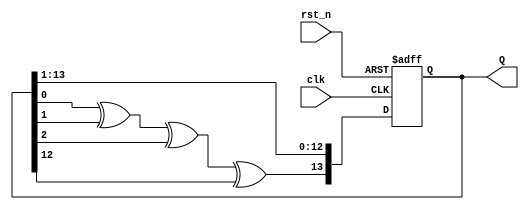
module LFSR #(
   parameter N=14
) (
    input clk,
    input rst_n,
    output [1:N] Q
);
    reg [1:N]  Q_reg,Q_next ;
    wire taps;

    always @(posedge clk or negedge rst_n) begin
        if(!rst_n) 
            Q_reg <= 6'd1;
        else 
            Q_reg <= Q_next;
    end

    //Next state logic
    always@(*)
        Q_next ={taps, Q_reg[1:N - 1] };
    

    //N=14
    assign taps = Q_reg[14] ^ Q_reg[13] ^ Q_reg[12] ^ Q_reg[2];

    //ouput logic
    assign Q = Q_reg;

endmodule